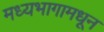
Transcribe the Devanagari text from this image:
मध्यभागामधून